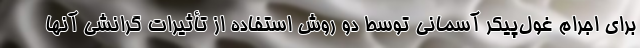
برای اجرام غول‌پیکر آسمانی توسط دو روش استفاده از تأثیرات گرانشی آنها